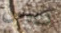
رييس